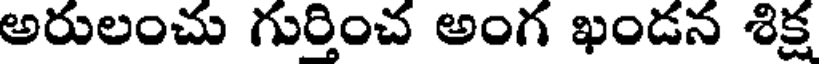
అరులంచు గుర్తించ అంగ ఖండన శిక్ష